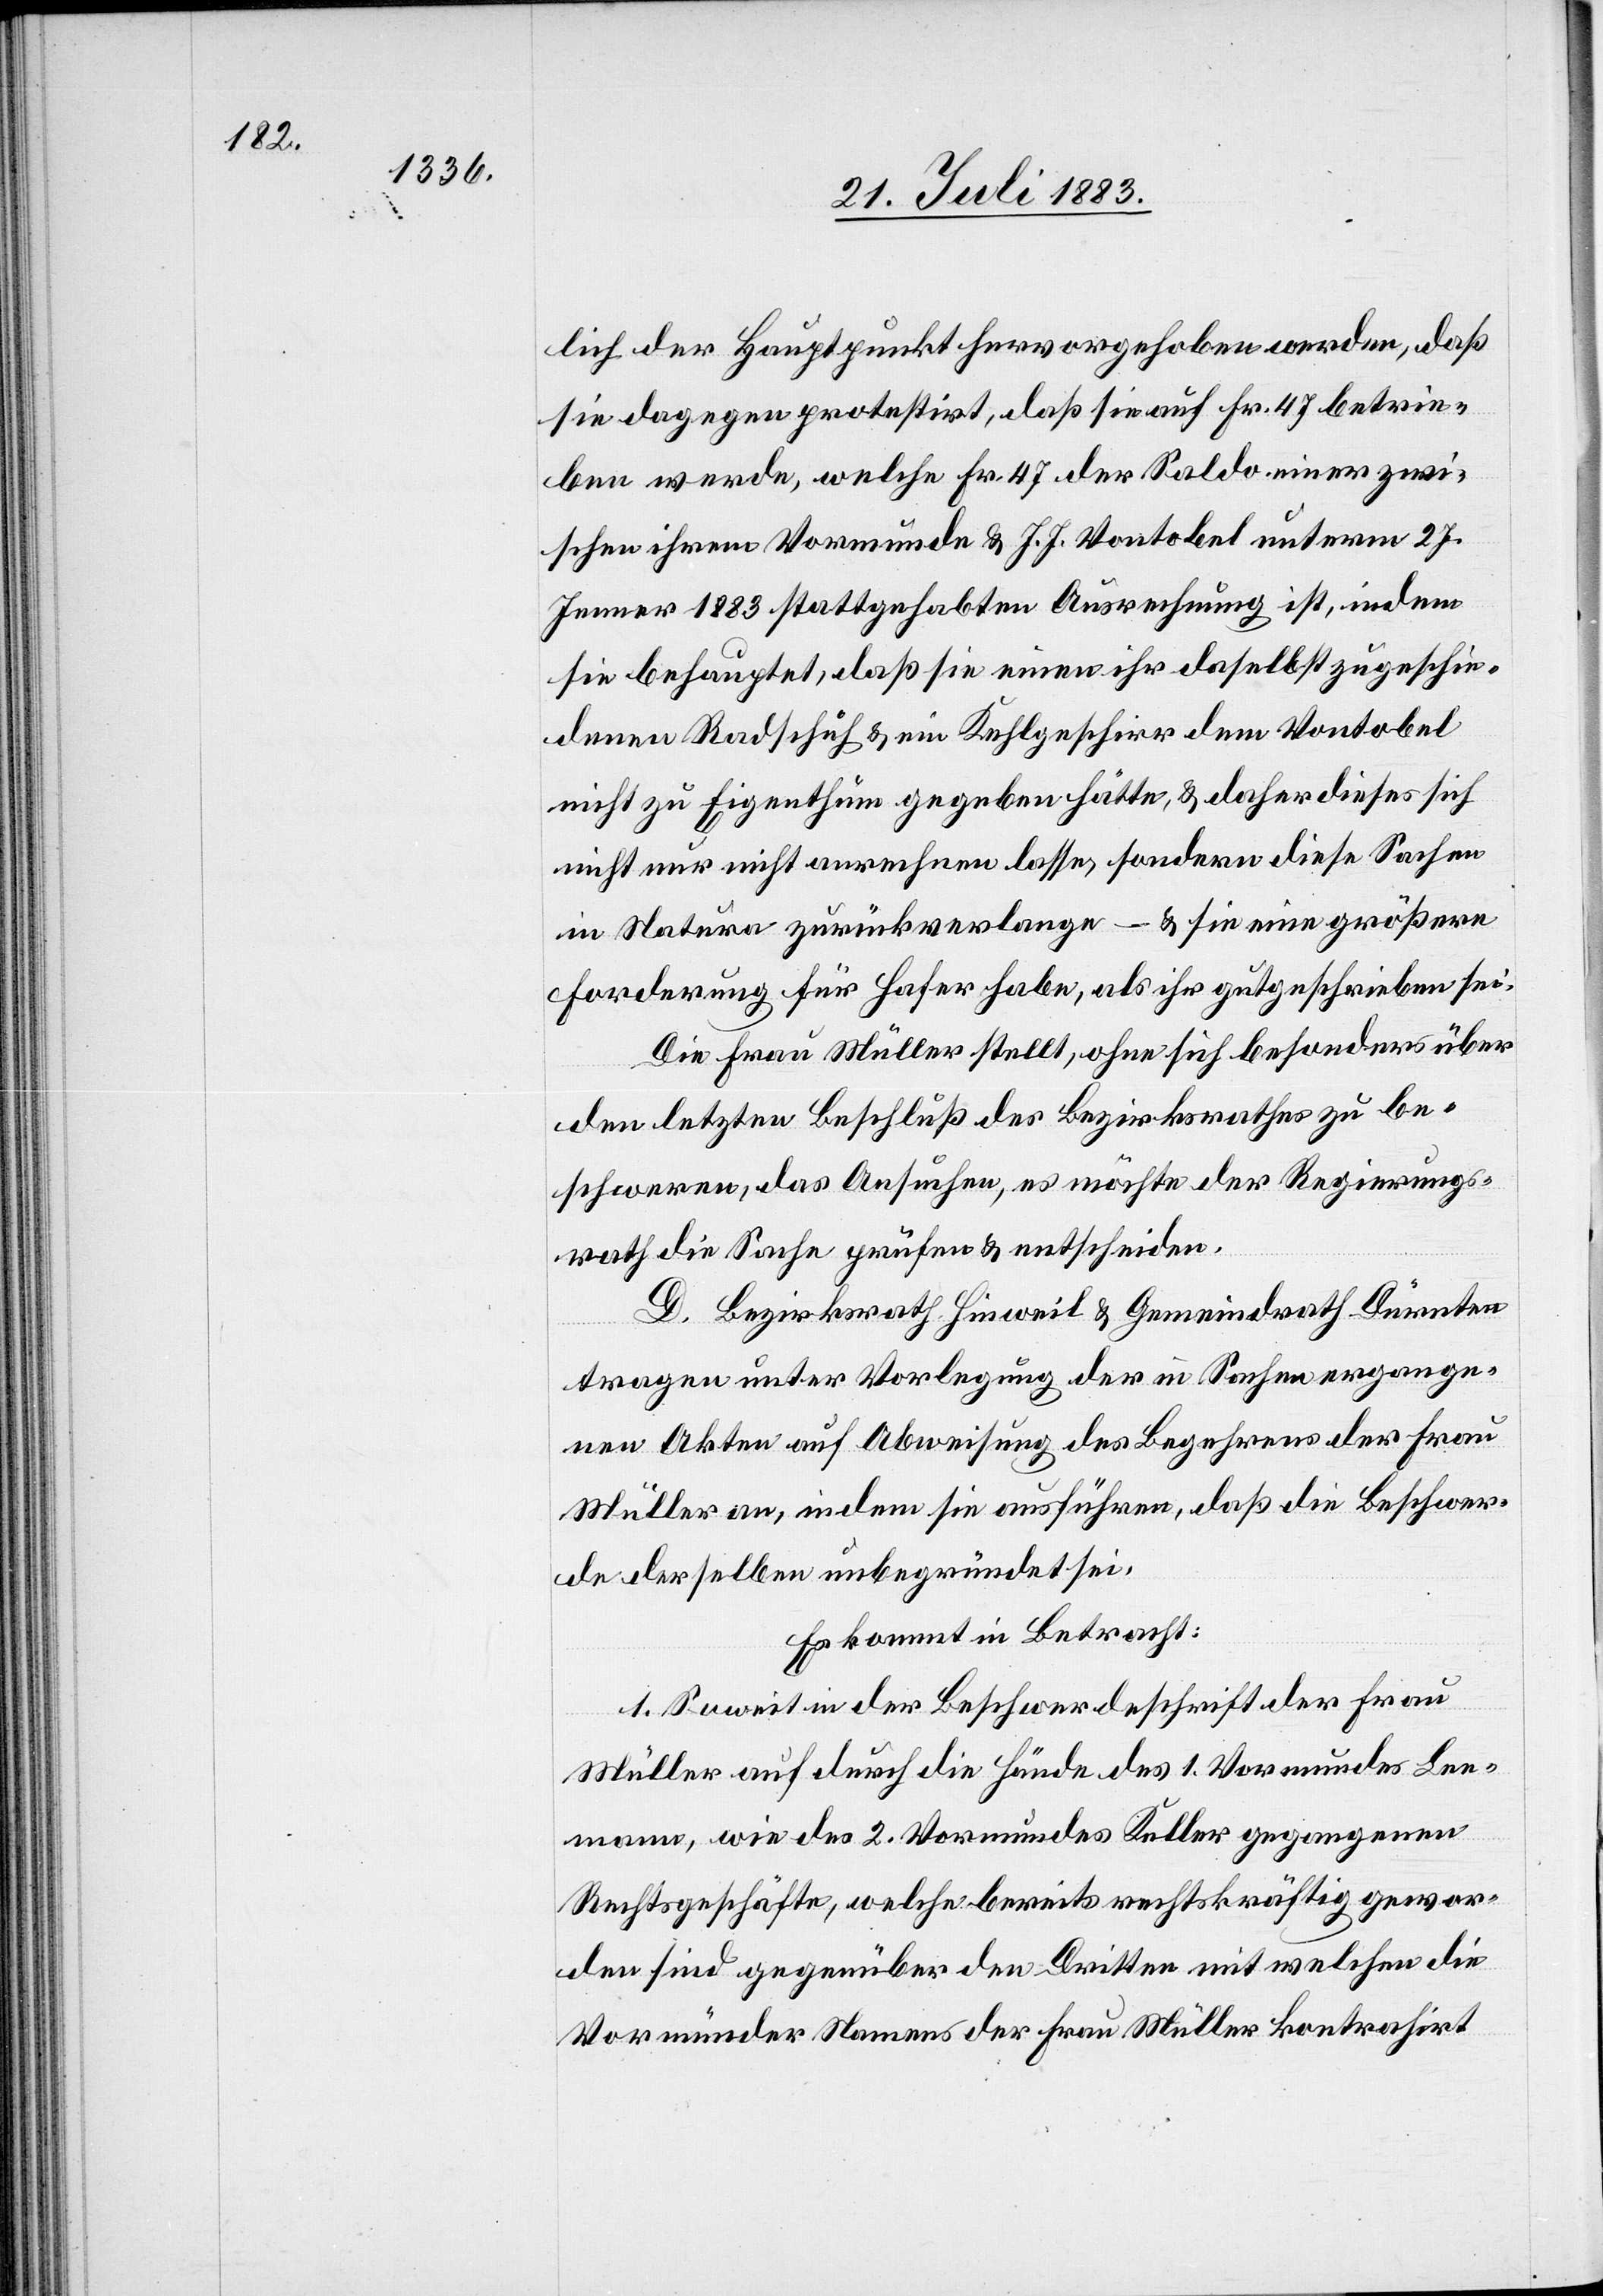
lich der Hauptpunkt hervorgehoben werden, daß
sie dagegen protestrit, daß sie auf Fr. 47 betrie¬
ben werde, welche Fr. 47 der Saldo einer zwi¬
schen ihrem Vormunde & J. J. Vontobel unterm 27.
Jenner 1883 stattgehabten Ausrechnung ist, indem
sie behauptet, daß sie einen ihr daselbst zugeschie¬
denen Radschuh & ein Kehlgeschirr dem Vontobel
nicht zu Eigenthum gegeben hätte, & daher dieses sich
nicht nur nicht anrechnen lasse, sondern diese Sachen
in Natura zurückverlange – & sie eine größere
Forderung für Hafer habe, als ihr gutgeschrieben sei.
Die Frau Müller stellt, ohne sich besonders über
den letzten Beschluß des Bezirksrathes zu be¬
schweren, das Ansuchen, es möchte der Regierungs¬
rath die Sache prüfen & entscheiden.
D. Bezirksrath Hinweil & Gemeindrath Dürnten
tragen unter Vorlegung der in Sachen ergange¬
nen Akten auf Abweisung des Begehrens der Frau
Müller an, indem sie ausführen, daß die Beschwer¬
de derselben unbegründet sei.
Es kommt in Betracht:
1. Soweit in der Beschwerdeschrift der Frau
Müller auf durch die Hände des 1. Vormundes Lee¬
mann, wie des 2. Vormundes Keller gegangene
Rechtsgeschäfte, welche bereits rechtskräftig gewor¬
den sind gegenüber den Dritten mit welchen die
Vormünder Namens der Frau Müller kontrahirt